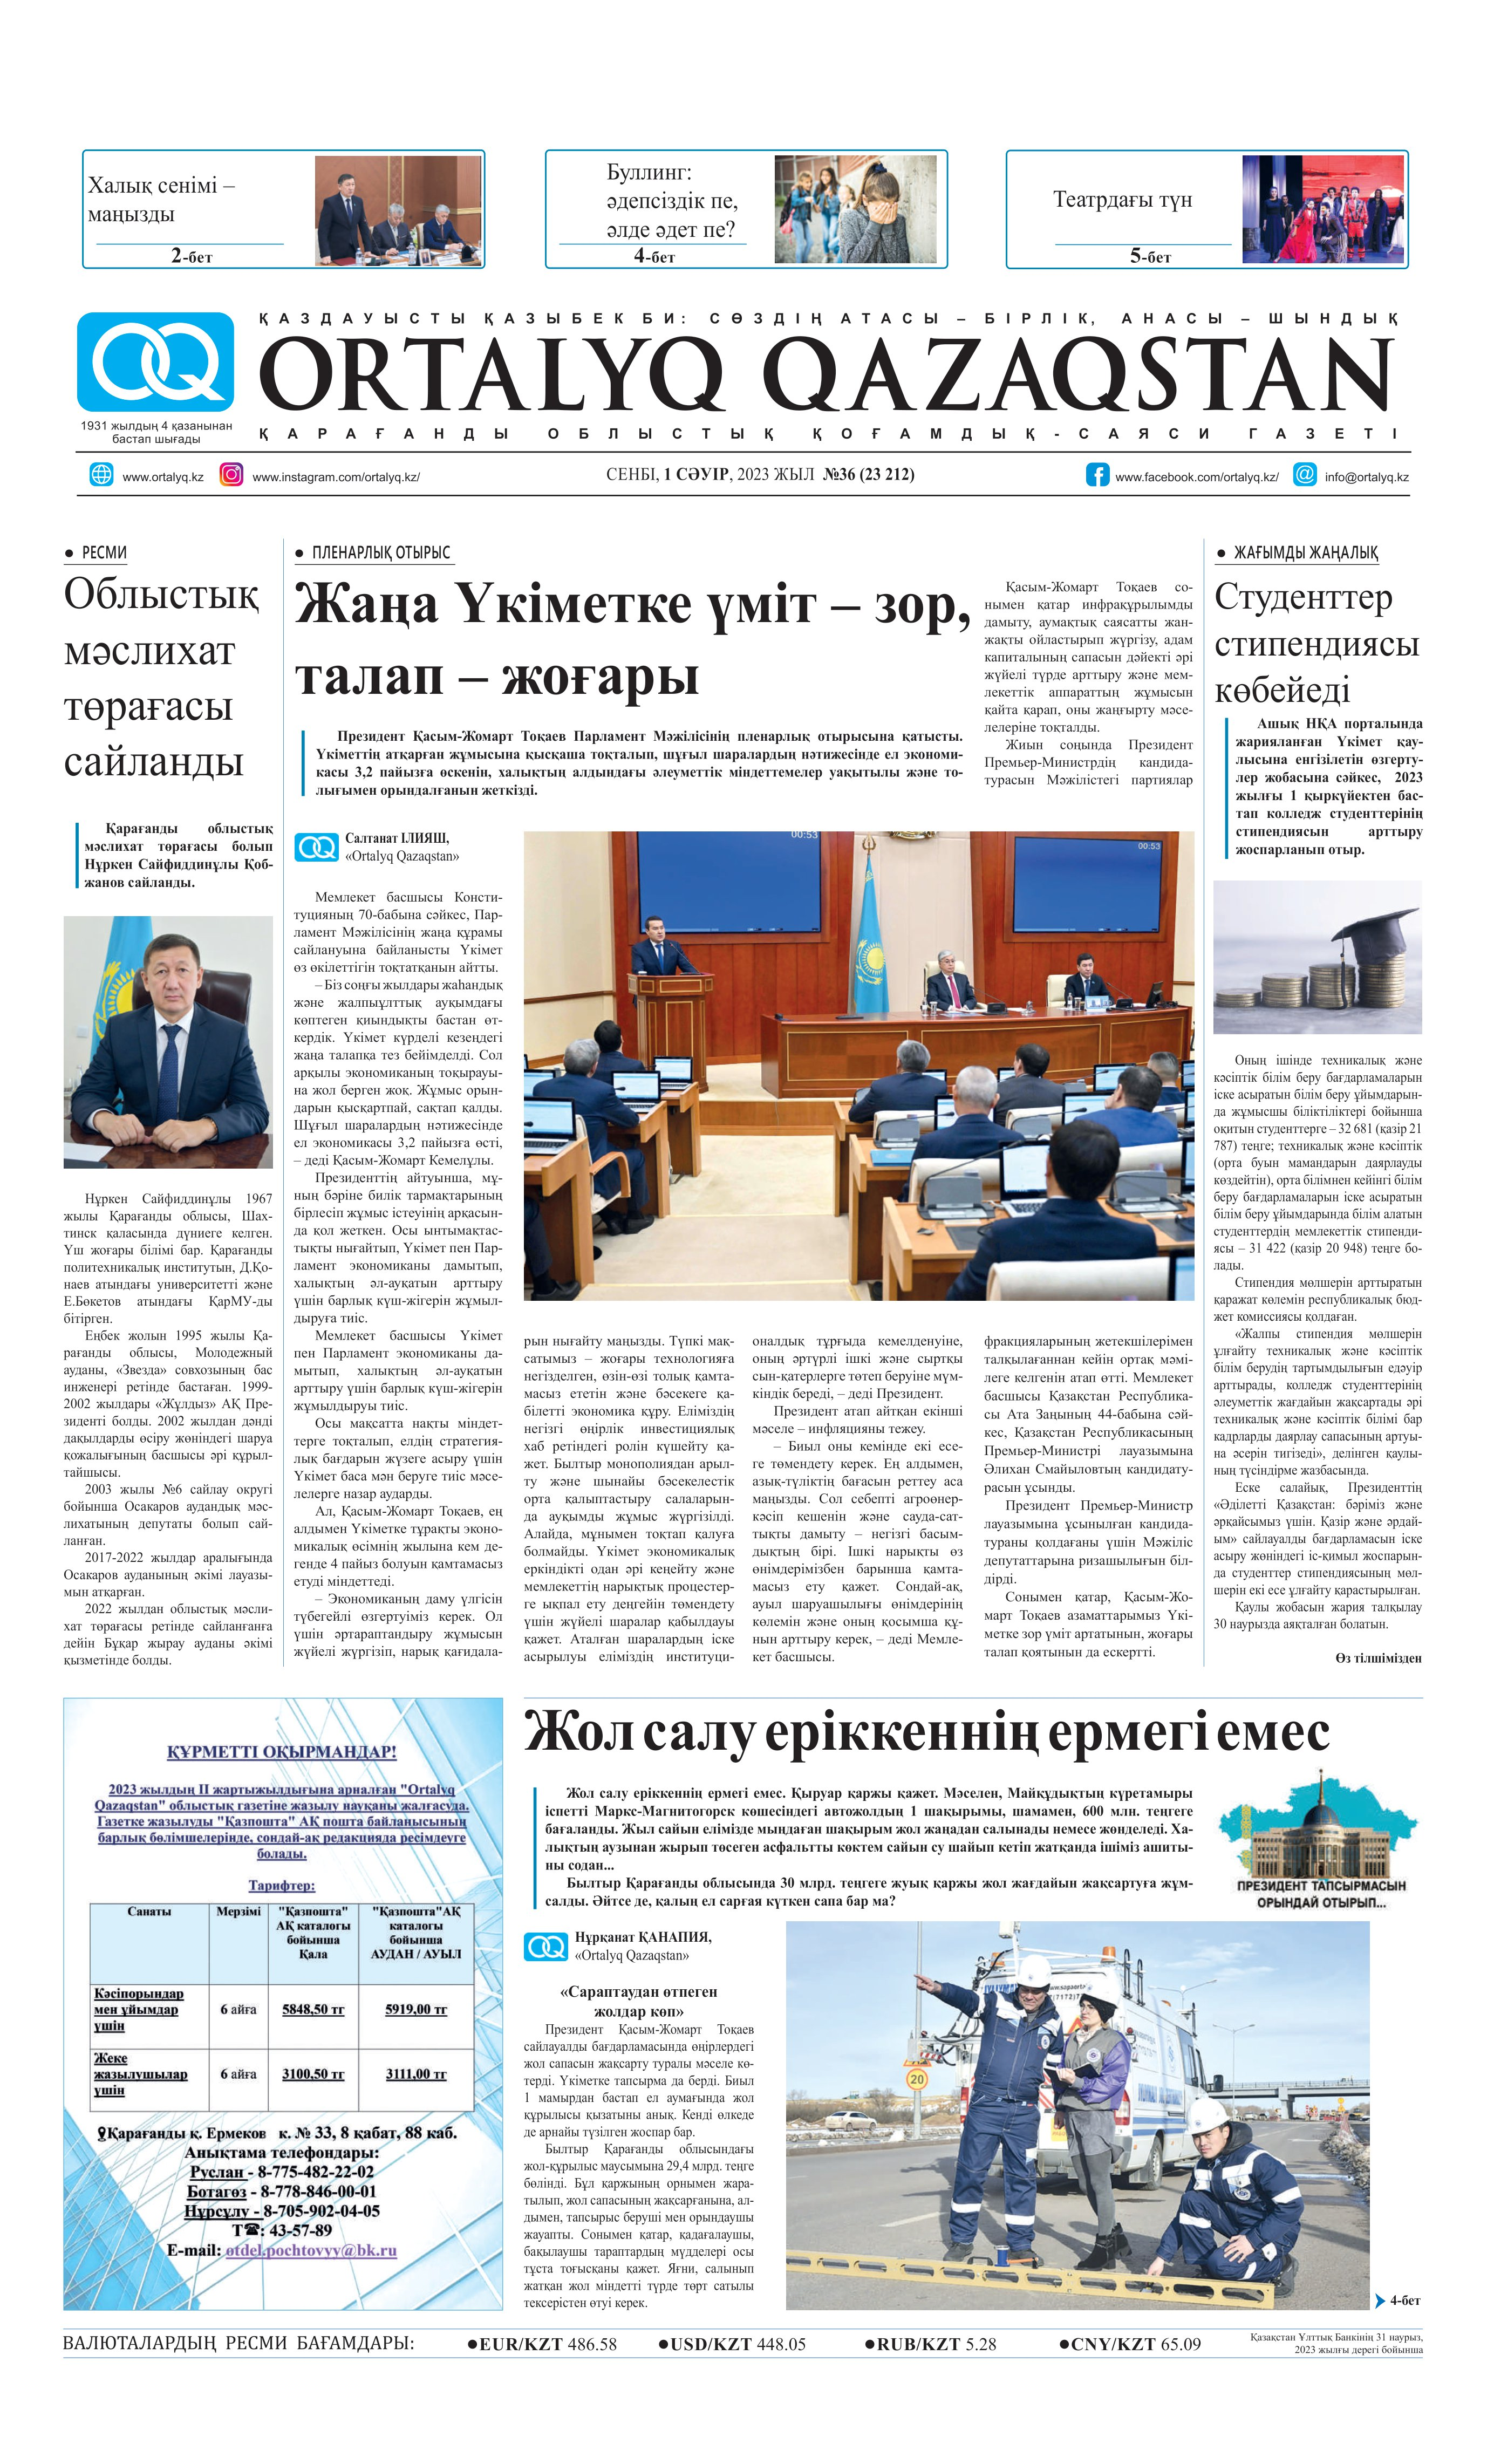
Language: kk